Vaccination in the Punjab 1883-1896 - 1883-1896
Year: 1883
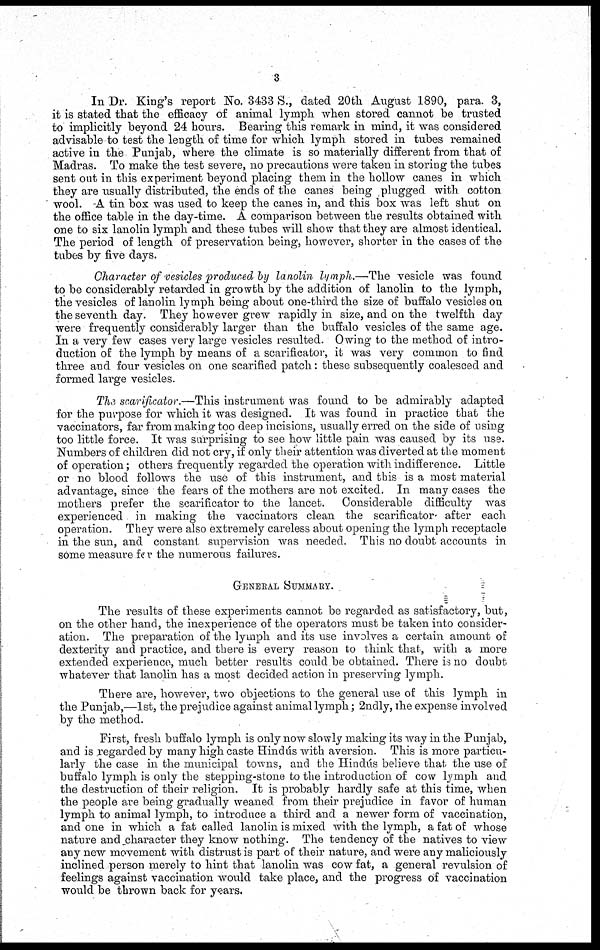
3
In Dr. King's report No. 3433 S., dated 20th August 1890, para. 3,
it is stated that the efficacy of animal lymph when stored cannot be trusted
to implicitly beyond 24 hours. Bearing this remark in mind, it was considered
advisable to test the length of time for which lymph stored in tubes remained
active in the Punjab, where the climate is so materially different from that of
Madras. To make the test severe, no precautions were taken in storing the tubes
sent out in this experiment beyond placing them in the hollow canes in which
they are usually distributed, the ends of the canes being plugged with cotton
wool. -A tin box was used to keep the canes in, and this box was left shut on
the office table in the day-time. A comparison between the results obtained with
one to six lanolin lymph and these tubes will show that they are almost identical.
The period of length of preservation being, however, shorter in the cases of the
tubes by five days.
Character of vesicles produced by lanolin lymph.—The vesicle was found
to be considerably retarded in growth by the addition of lanolin to the lymph,
the vesicles of lanolin lymph being about one-third the size of buffalo vesicles on
the seventh day. They however grew rapidly in size, and on the twelfth day
were frequently considerably larger than the buffalo vesicles of the same age.
In a very few cases very large vesicles resulted. Owing to the method of intro-
duction of the lymph by means of a scarificator, it was very common to find
three and four vesicles on one scarified patch: these subsequently coalesced and
formed large vesicles.
The scarificator.—This instrument was found to be admirably adapted
for the purpose for which it was designed. It was found in practice that the
vaccinators, far from making too deep incisions, usually erred on the side of using
too little force. It was surprising to see how little pain was caused by its use.
Numbers of children did not cry, if only their attention was diverted at the moment
of operation; others frequently regarded the operation with indifference. Little
or no blood follows the use of this instrument, and this is a most material
advantage, since the fears of the mothers are not excited. In many cases the
mothers prefer the scarificator to the lancet. Considerable difficulty was
experienced in making the vaccinators clean the scarificator after each
operation. They were also extremely careless about opening the lymph receptacle
in the sun, and constant supervision was needed. This no doubt accounts in
some measure for the numerous failures.
GENERAL SUMMARY.
The results of these experiments cannot be regarded as satisfactory, but,
on the other hand, the inexperience of the operators must be taken into consider-
ation. The preparation of the lymph and its use involves a certain amount of
dexterity and practice, and there is every reason to think that, with a more
extended experience, much better results could be obtained. There is no doubt
whatever that lanolin has a most decided action in preserving lymph.
There are, however, two objections to the general use of this lymph in
the Punjab,—1st, the prejudice against animal lymph; 2ndly, the expense involved
by the method.
First, fresh buffalo lymph is only now slowly making its way in the Punjab,
and is regarded by many high caste Hindús with aversion. This is more particu-
larly the case in the municipal towns, and the Hindús believe that the use of
buffalo lymph is only the stepping-stone to the introduction of cow lymph and
the destruction of their religion. It is probably hardly safe at this time, when
the people are being gradually weaned from their prejudice in favor of human
lymph to animal lymph, to introduce a third and a newer form of vaccination,
and one in which a fat called lanolin is mixed with the lymph, a fat of whose
nature and character they know nothing. The tendency of the natives to view
any new movement with distrust is part of their nature, and were any maliciously
inclined person merely to hint that lanolin was cow fat, a general revulsion of
feelings against vaccination would take place, and the progress of vaccination
would be thrown back for years.